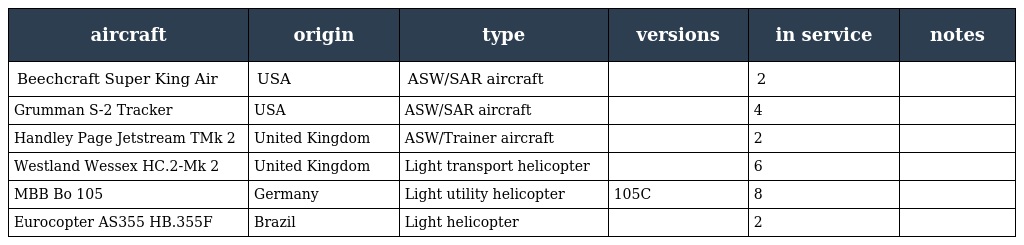
| aircraft | origin | type | versions | in service | notes |
 | --- | --- | --- | --- | --- | --- |
 | Beechcraft Super King Air | USA | ASW/SAR aircraft |  | 2 |  |
 | Grumman S-2 Tracker | USA | ASW/SAR aircraft |  | 4 |  |
 | Handley Page Jetstream TMk 2 | United Kingdom | ASW/Trainer aircraft |  | 2 |  |
 | Westland Wessex HC.2-Mk 2 | United Kingdom | Light transport helicopter |  | 6 |  |
 | MBB Bo 105 | Germany | Light utility helicopter | 105C | 8 |  |
 | Eurocopter AS355 HB.355F | Brazil | Light helicopter |  | 2 |  |